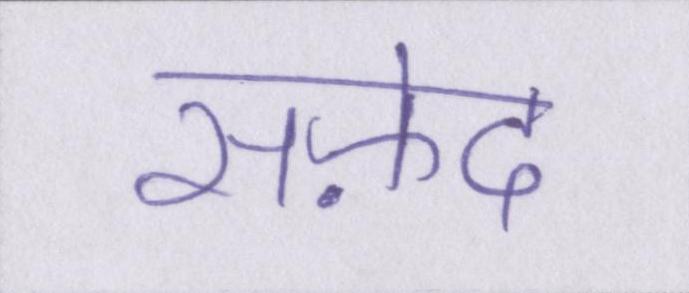
सफ़ेद